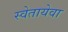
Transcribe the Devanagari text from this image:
स्वेतायेवा